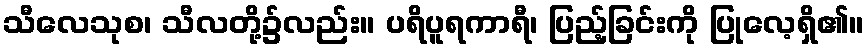
သီလေသုစ၊ သီလတို့၌လည်း။ ပရိပူရကာရီ၊ ပြည့်ခြင်းကို ပြုလေ့ရှိ၏။